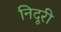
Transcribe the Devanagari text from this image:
निदूरी